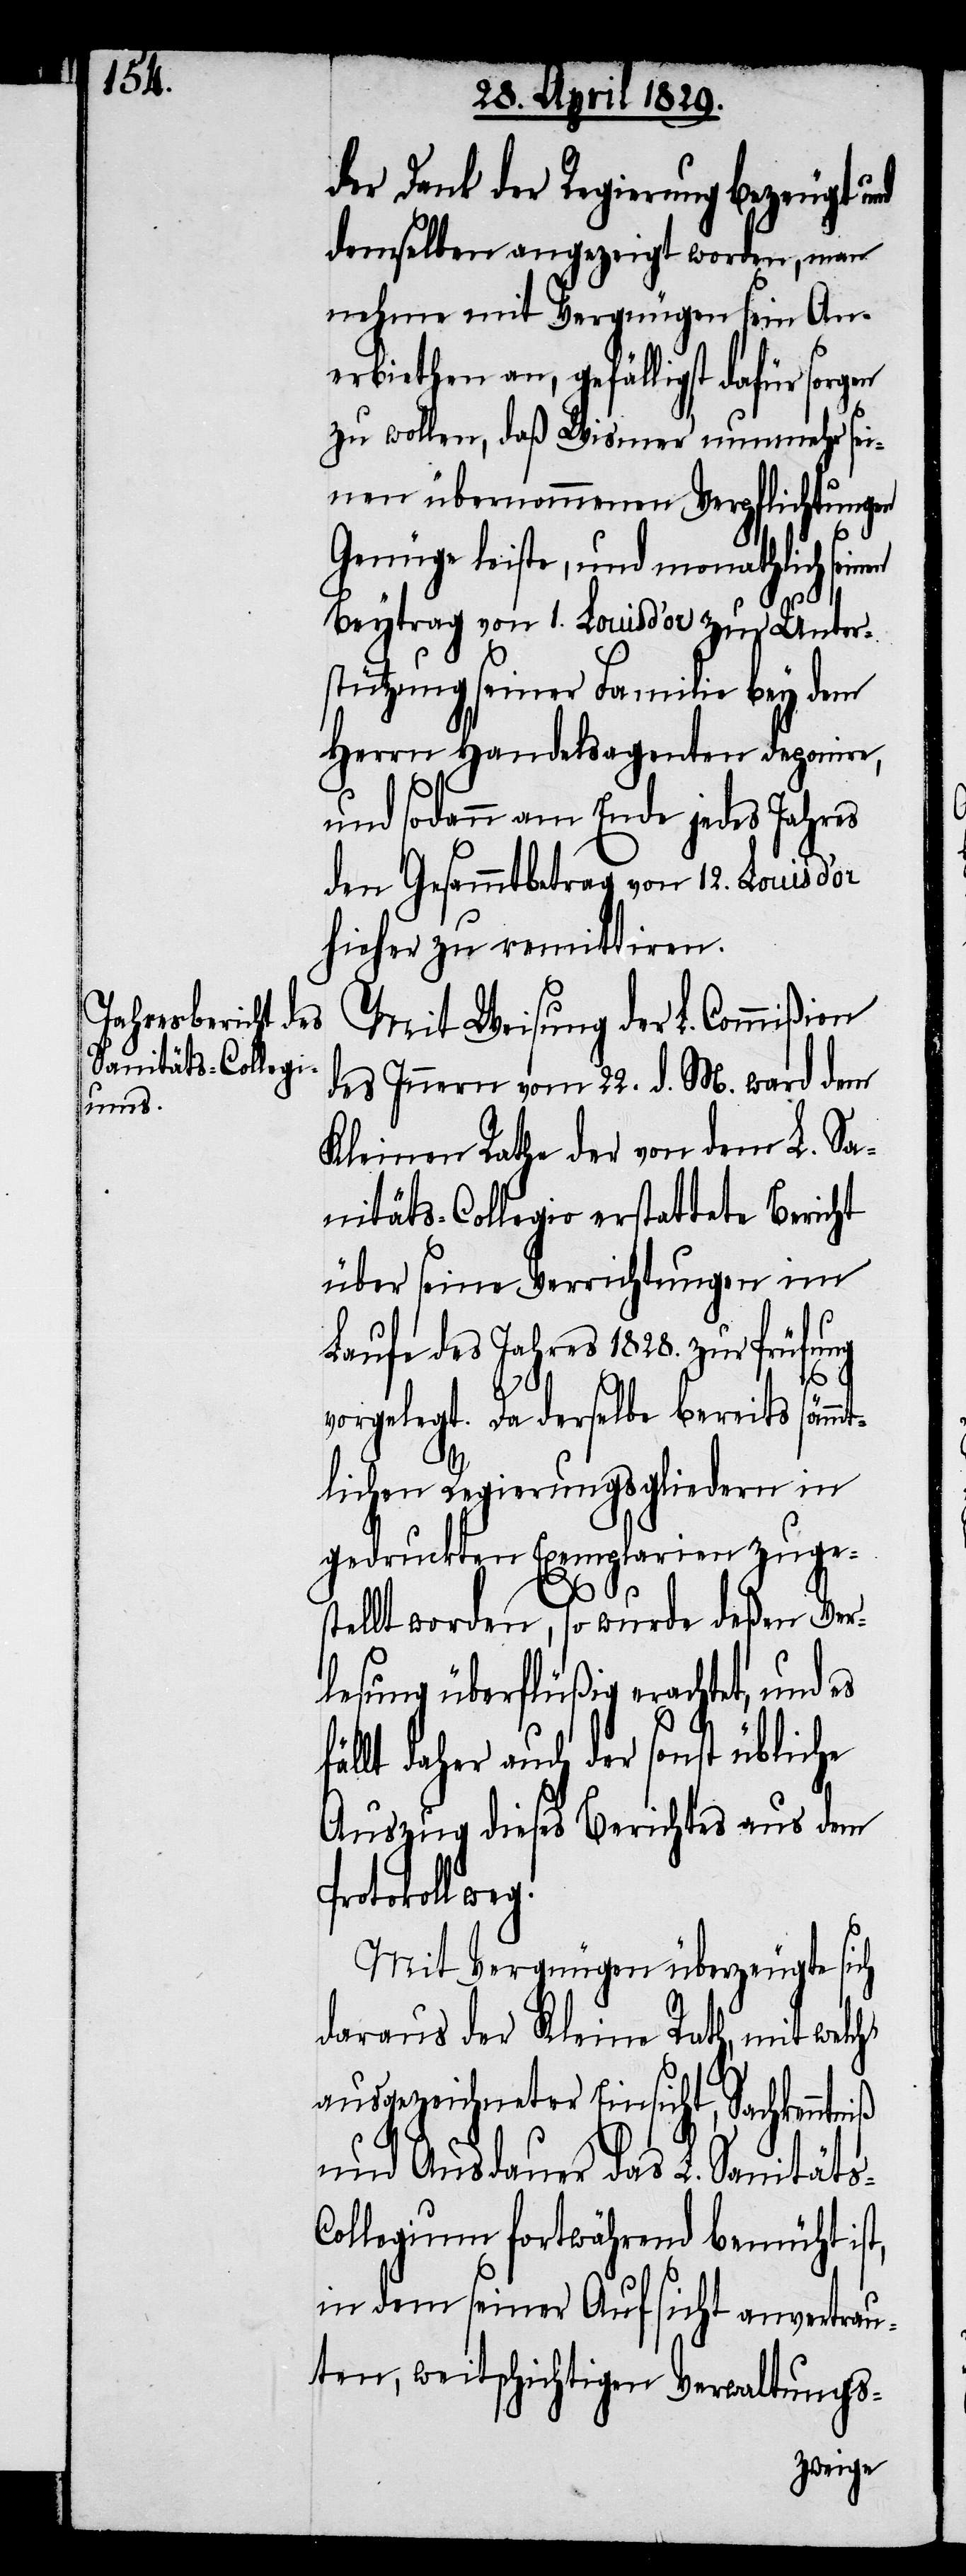
der Dank der Regierung bezeugt und
demselben angezeigt worden, man
nehme mit Vergnügen sein An¬
erbiethen an, gefälligst dafür sorgen
zu wollen, daß Wismer nunmehr sein¬
Beytrag von 1. Louisd’or zur Unter¬
stützung seiner Familie bey dem
Herrn Handelsagenten deponire,
und sodann am Ende jedes Jahres
den Gesammtbetrag von 12. Louisd’or
hieher zu remittiren.
Mit Weisung der L. Commißion
des Innern vom 22. d. M. ward dem
Kleinen Rathe der von dem L. Sa¬
nitäts-Collegio erstattete Bericht
über seine Verrichtungen im
Laufe des Jahres 1828. zur Prüfung
s-C¬
vorgelegt. Da derselbe bereits sämmt¬
lichen Regierungsgliedern in
gedruckten Exemplarien zuge¬
stellt worden, so wurde deßen Ver¬
lesung überflüßig erachtet, und es
fällt daher auch der sonst übliche
Auszug dieses Berichtes aus dem
Protokoll
Mit Vergnügen überzeugte sich
daraus der Kleine Rath, mit welch‘
ausgezeichneter Einsicht, Sachkenntn¬
und Ausdauer das L. Sanität¬
ollegium fortwährend bemüht ist,
in dem seiner Aufsicht anvertrau¬
ten, weitschichtigen Verwaltungs-